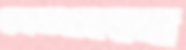
হেডফোন